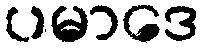
ပမာဒေ